Civil Veterinary Department Bihar & Orissa reports 1929-36 - 1929-1936
Year: 1929
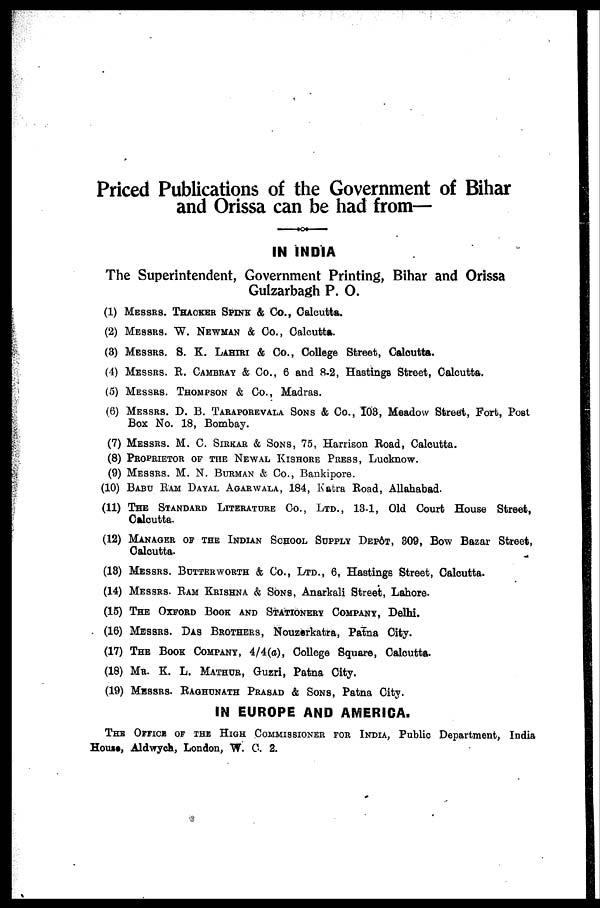
Priced Publications of the Government of Bihar
and Orissa can be had from—
–––
IN INDIA
The Superintendent, Government Printing, Bihar and Orissa
Gulzarbagh P. O.
(1) MESSRS. THACKER SPINK & Co., Calcutta.
(2) MESSRS W. NEWMAN & Co., Calcutta.
(3) MESSRS S. K. LAHIRI & Co., College Street, Calcutta.
(4) MESSRS R. CAMBRAY & Co., 6 and 8-2, Hastings Street, Calcutta.
(5) MESSRS THOMPSON & Co., Madras.
(6) MESSRS D. B. TARAPREVALA SONS & Co., 103, Meadow Street, Fort, Post
Box No. 18, Bombay.
(7) MESSRS M. C. SIRKAR & SONS, 75, Harrison Road, Calcutta.
(8) PROPRIETOR OF THE NEWAL KISHORE PRESS, Lucknow.
(9) MESSRS M. N. BURMAN & Co., Bankipore.
(10) BABU RAM DAYAL AGARWALA, 184, Katra Road, Allahabad.
(11) THE STANDERD LITERATUR Co., LTD., 13-1, Old Court House Street,
Calcutta.
(12) MANAGER OF THE INDIAN SCHOOL SUPPLY DEPÔT, 309, Bow Bazar Street,
Calcutta.
(13) MESSRS. BUTTERWORTH & Co., LTD., 6, Hastings Street, Calcutta.
(14) MESSRS RAM KRISHNA & SONS, Anarkali Street, Lahore.
(15) THE OXFORD BOOK AND STATIONERY COMPANY, Delhi.
(16) MESSRS DAS BROTHERS, Nouzerkatra, Patna City.
(17) THE BOOK COMPANY, 4/4(a), College Square, Calcutta.
(18) MR. K. L. MATHUR, Guzri, Patna City.
(19) MESSRS RAGHUNATH PRASAD & SONS, Patna City.
IN EUROPE AND AMERICA.
THE OFFICE OF THE HIGH COMMISSIONER FOR INDIA, Public Department, India
House, Aldwych, London, W. C. 2.